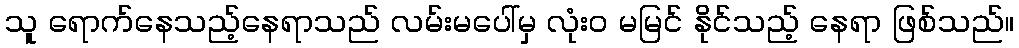
သူ ရောက်နေသည့်နေရာသည် လမ်းမပေါ်မှ လုံးဝ မမြင် နိုင်သည့် နေရာ ဖြစ်သည်။